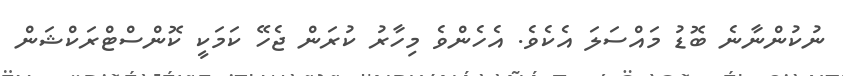
ނުކުންނާނެ ބޮޑު މައްސަލަ އެކެވެ. އެހެންވެ މިހާރު ކުރަން ޖެހޭ ކަމަކީ ކޮންސްޓްރަކްޝަން